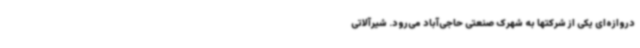
دروازه‌ای یکی از شرکتها به شهرک صنعتی حاجی‌آباد می‌رود. شیرآلاتی